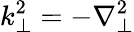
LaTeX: k_{\perp}^{2}=-\nabla_{\perp}^{2}